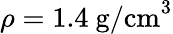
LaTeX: \rho=1.4~\mathrm{g/cm}^{3}